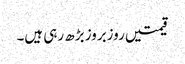
قیمتیں روزبروز بڑھ رہی ہیں۔